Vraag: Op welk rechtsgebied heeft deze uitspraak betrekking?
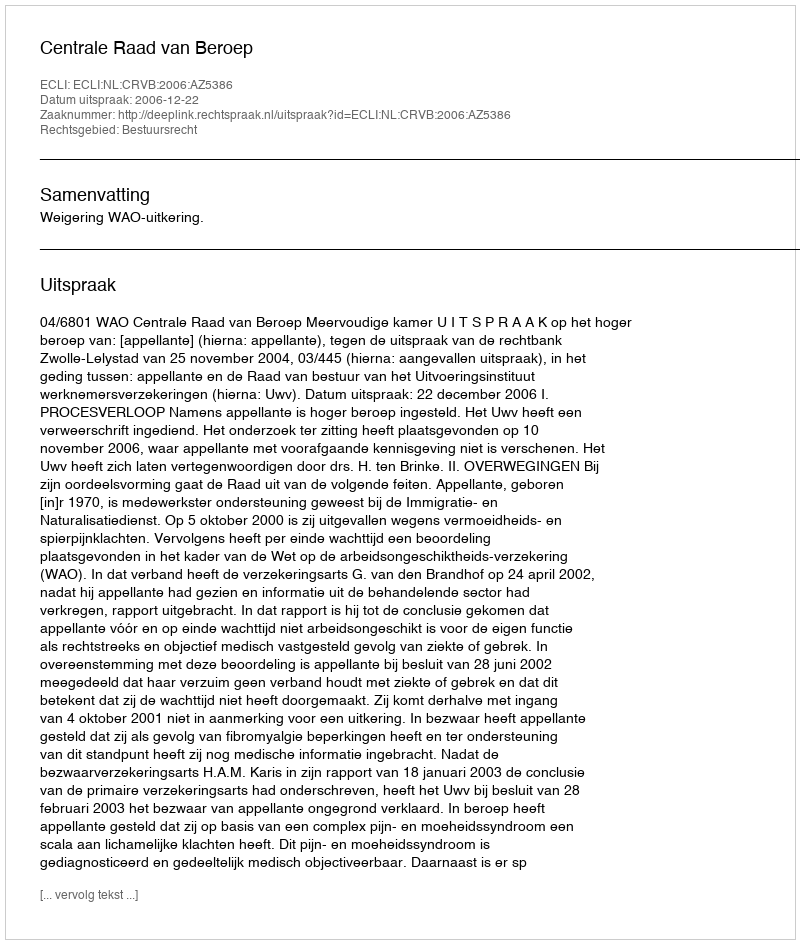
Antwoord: Bestuursrecht